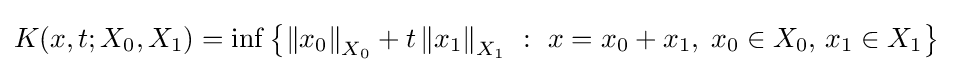
K(x,t;X_{0},X_{1})=\inf \left\{\left\|x_{0}\right\|_{X_{0}}+t\left\|x_{1}\right\|_{X_{1}}\ :\ x=x_{0}+x_{1},\;x_{0}\in X_{0},\,x_{1}\in X_{1}\right\}